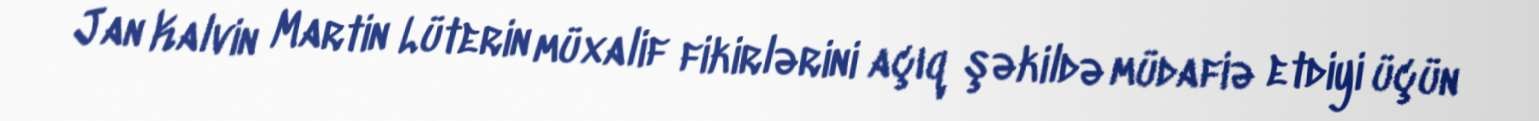
Jan Kalvin Martin Lüterin müxalif fikirlərini açıq şəkildə müdafiə etdiyi üçün